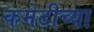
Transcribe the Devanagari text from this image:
कमेटीच्या